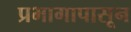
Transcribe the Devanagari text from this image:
प्रभागापासून